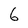
Character: 6